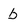
Character: b